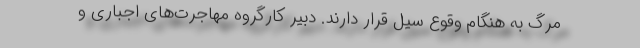
مرگ به هنگام وقوع سیل قرار دارند. دبیر کارگروه مهاجرت‌های اجباری و